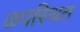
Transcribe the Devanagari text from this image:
ळपस्थित